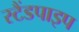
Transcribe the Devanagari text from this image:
स्टैंडपाइप